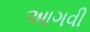
આગવી